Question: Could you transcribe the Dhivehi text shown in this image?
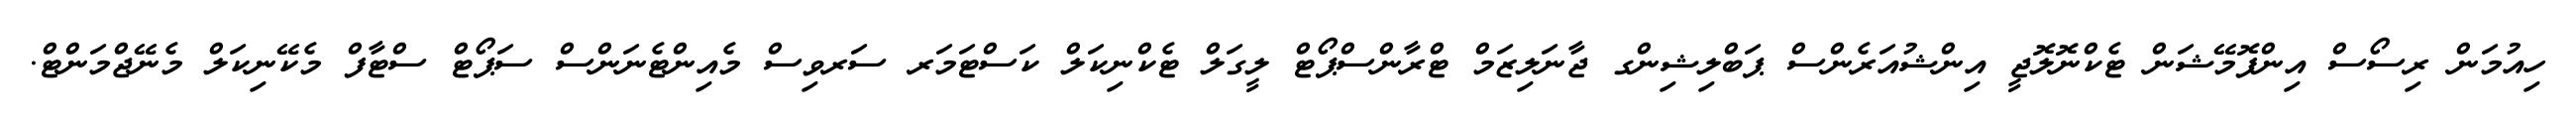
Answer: ހިއުމަން ރިސޯސް އިންފޮމޭޝަން ޓެކްނޮލޮޖީ އިންޝުއަރެންސް ޕަބްލިޝިންގ ޖާނަލިޒަމް ޓްރާންސްޕޯޓް ލީގަލް ޓެކްނިކަލް ކަސްޓަމަރ ސަރވިސް މެއިންޓެނަންސް ސަޕޯޓް ސްޓާފް މެކޭނިކަލް މެނޭޖްމަންޓް.